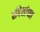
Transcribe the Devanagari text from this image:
संदेशांच्या